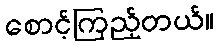
စောင့်ကြည့်တယ်။